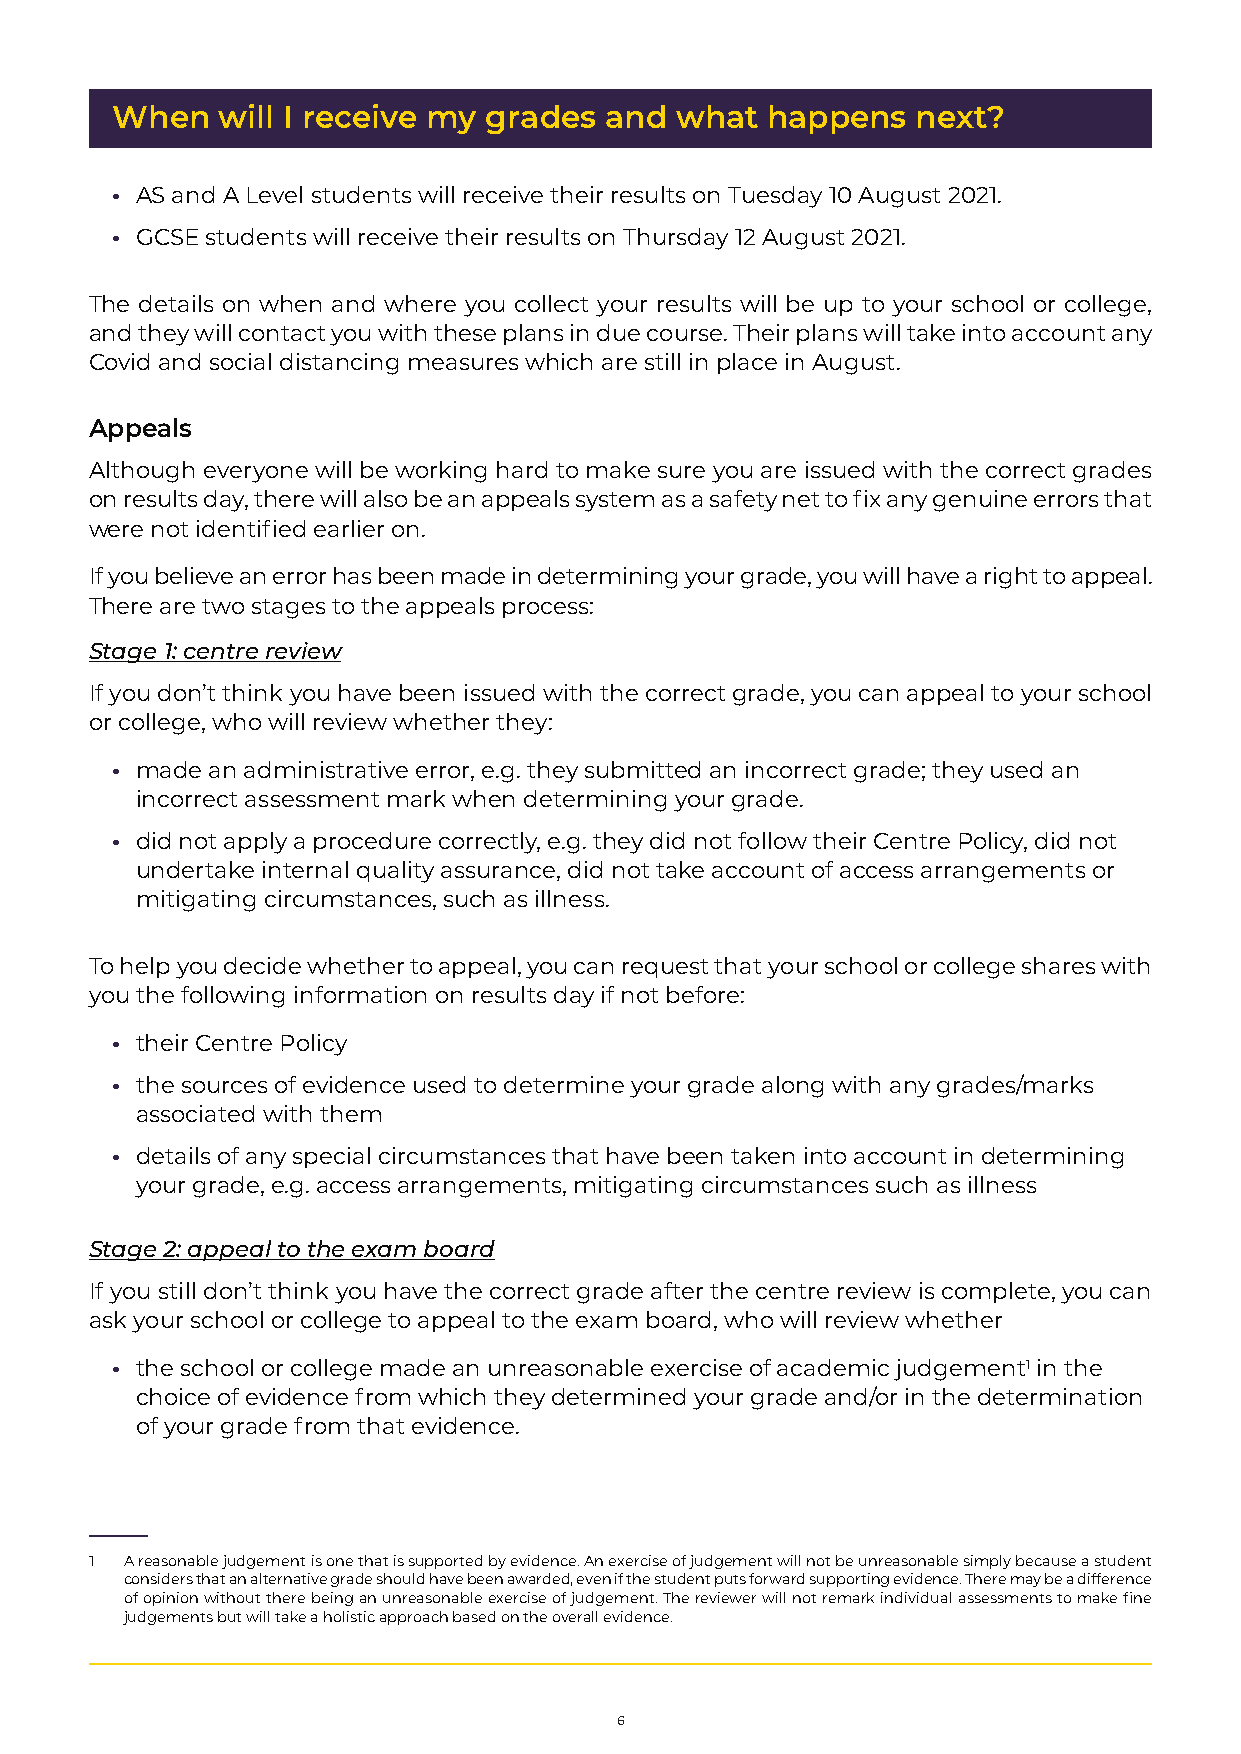
When   will I receive my grades  and  what  happens   next?
 • AS and A Level students will receive their results on Tuesday 10 August 2021.
 • GCSE students will receive their results on Thursday 12 August 2021.
 The details on when and where you collect your results will be up to your school or college,
 and they will contact you with these plans in due course. Their plans will take into account any
 Covid and social distancing measures which are still in place in August.
 Appeals
 Although everyone will be working hard to make sure you are issued with the correct grades
 on results day, there will also be an appeals system as a safety net to fix any genuine errors that
 were not identified earlier on.
 If you believe an error has been made in determining your grade, you will have a right to appeal.
 There are two stages to the appeals process:
 Stage 1: centre review
 If you don’t think you have been issued with the correct grade, you can appeal to your school
 or college, who will review whether they:
 • made an administrative error, e.g. they submitted an incorrect grade; they used an
 incorrect assessment mark when determining your grade.
 • did not apply a procedure correctly, e.g. they did not follow their Centre Policy, did not
 undertake internal quality assurance, did not take account of access arrangements or
 mitigating circumstances, such as illness.
 To help you decide whether to appeal, you can request that your school or college shares with
 you the following information on results day if not before:
 • their Centre Policy
 • the sources of evidence used to determine your grade along with any grades/marks
 associated with them
 • details of any special circumstances that have been taken into account in determining
 your grade, e.g. access arrangements, mitigating circumstances such as illness
 Stage 2: appeal to the exam board
 If you still don’t think you have the correct grade after the centre review is complete, you can
 ask your school or college to appeal to the exam board, who will review whether
 • the school or college made an unreasonable exercise of academic judgement1 in the
 choice of evidence from which they determined your grade and/or in the determination
 of your grade from that evidence.
 1 A reasonable judgement is one that is supported by evidence. An exercise of judgement will not be unreasonable simply because a student
 considers that an alternative grade should have been awarded, even if the student puts forward supporting evidence. There may be a difference
 of opinion without there being an unreasonable exercise of judgement. The reviewer will not remark individual assessments to make fine
 judgements but will take a holistic approach based on the overall evidence.
 6